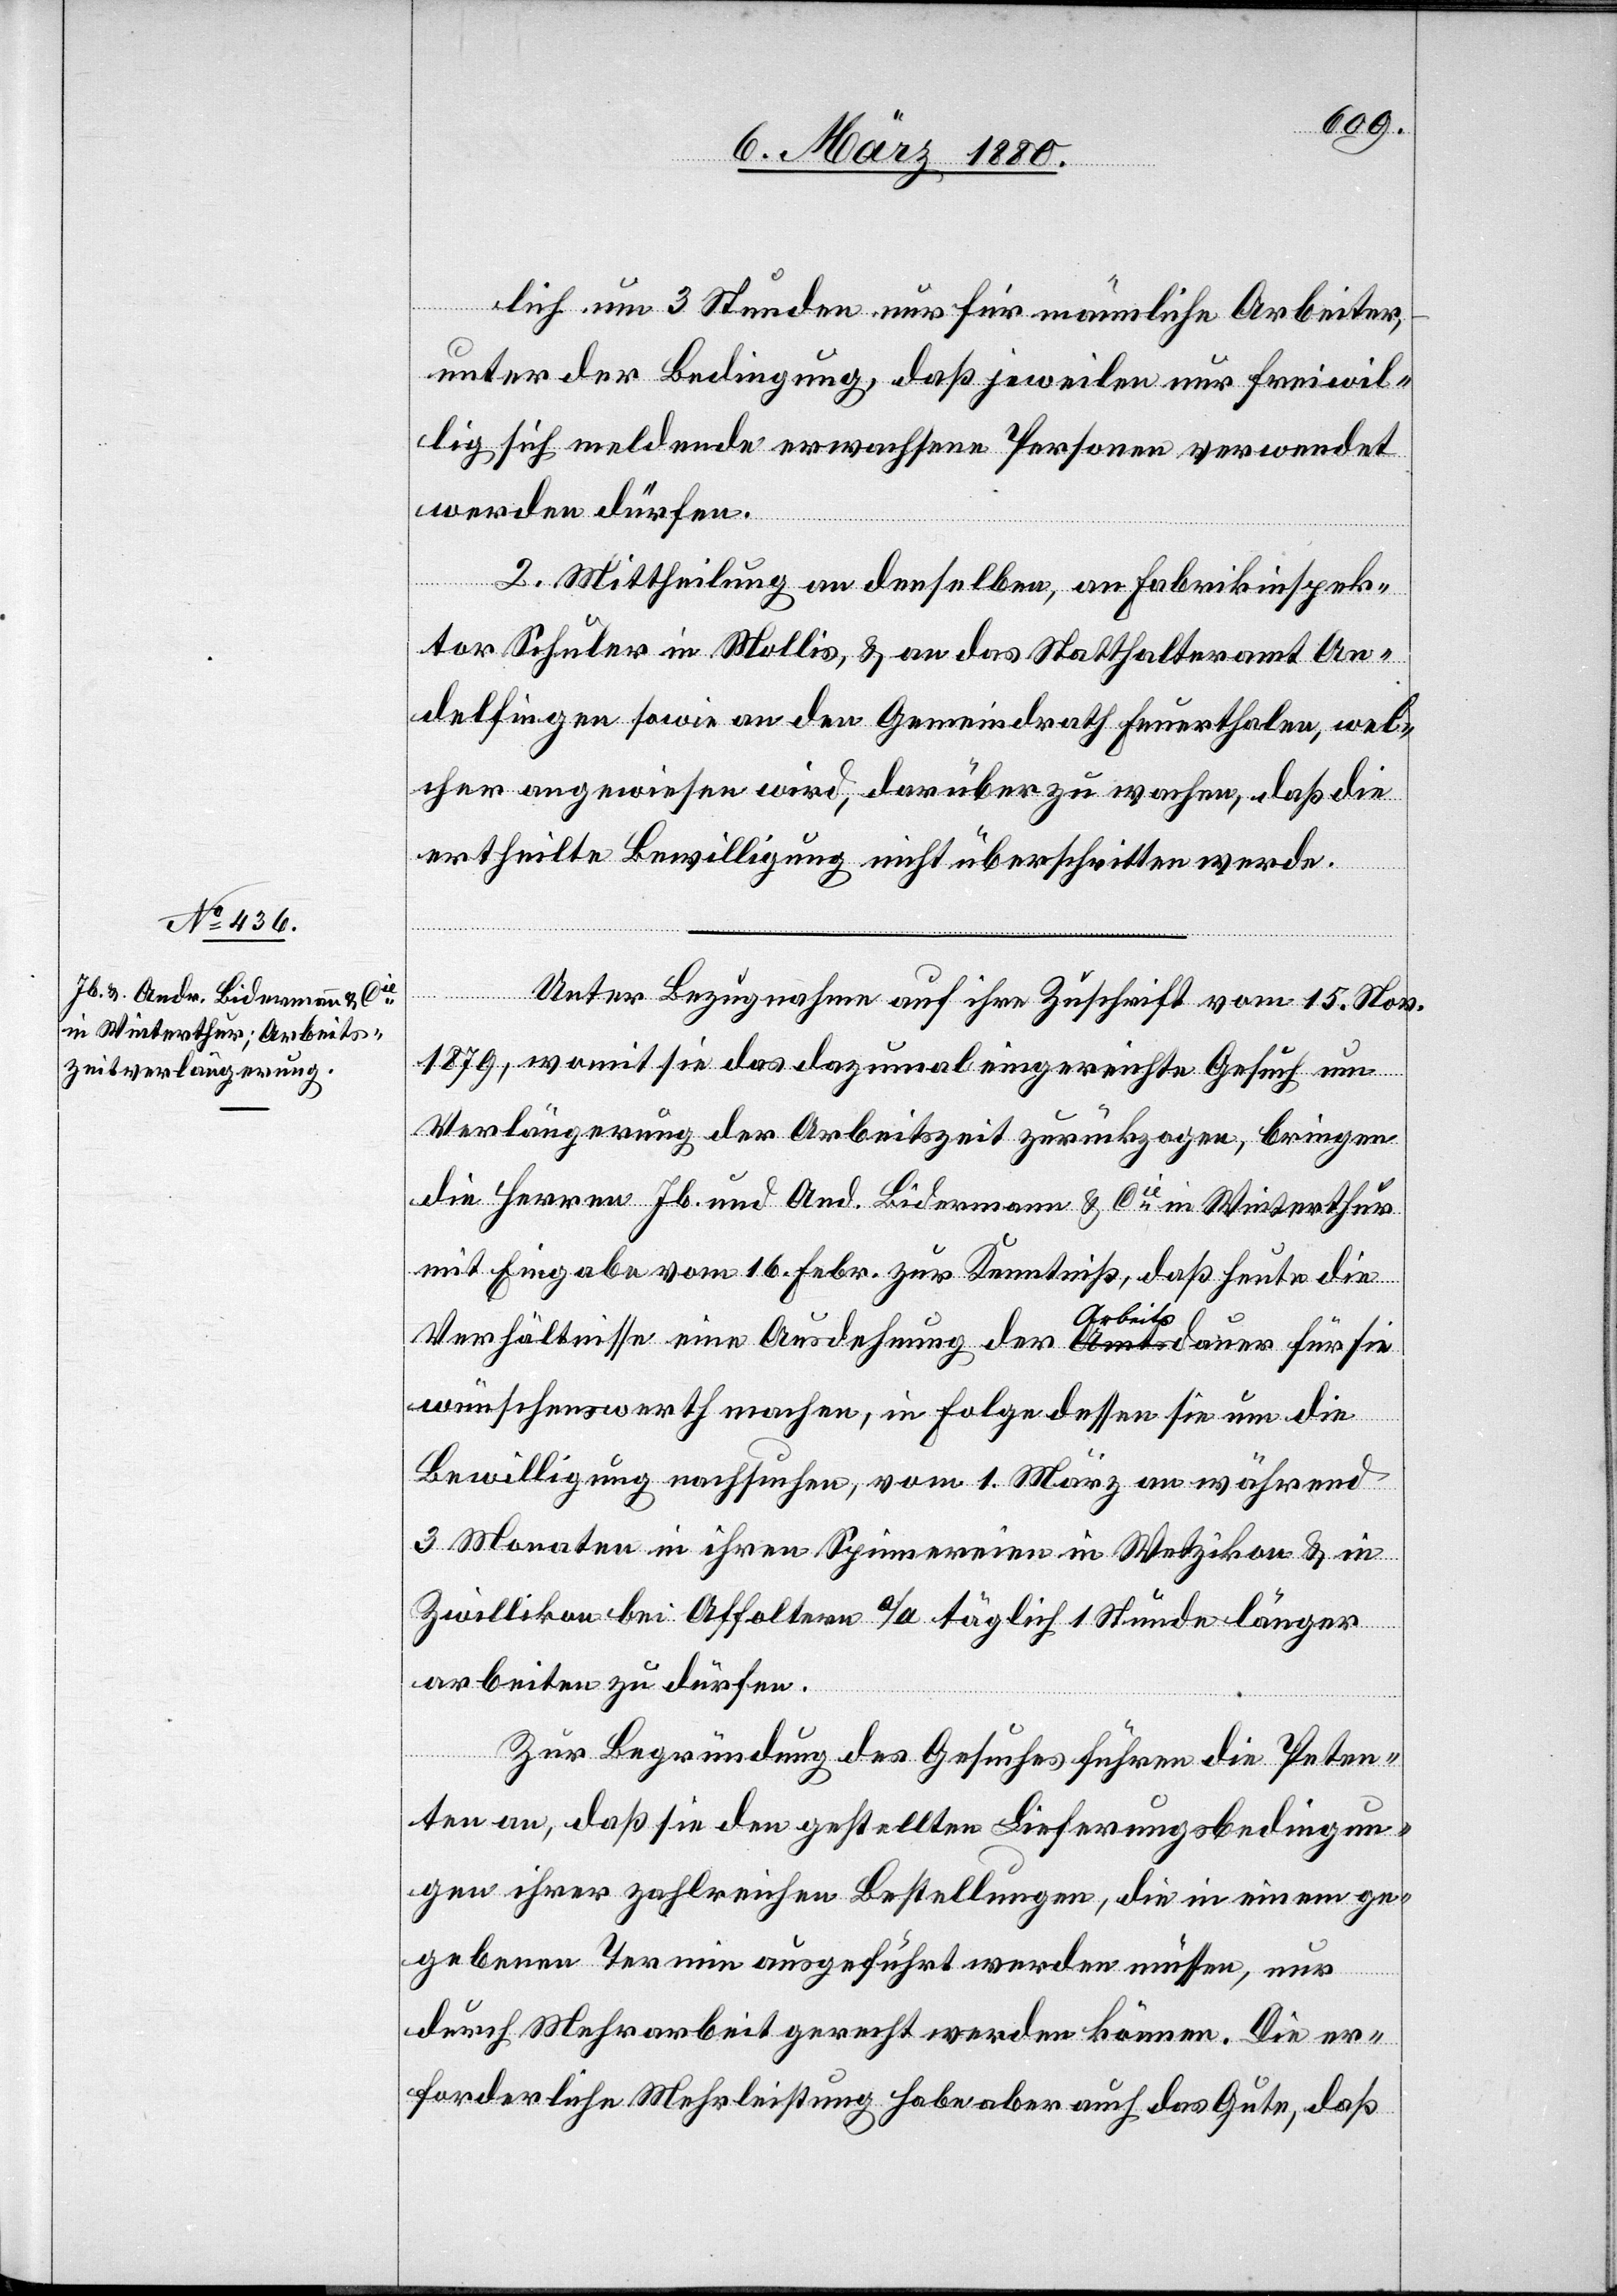
lich um 3 Stunden nur für männliche Arbeiter;
unter der Bedingung, daß jeweilen nur freiwil¬
lig sich meldende erwachsene Personen verwendet
werden dürfen.
2. Mittheilung an denselben, an Fabrikinspek¬
tor Schuler in Mollis, & an das Statthalteramt An¬
delfingen sowie an den Gemeindrath Feuerthalen, wel¬
cher angewiesen wird, darüber zu wachen, daß die
ertheilte Bewilligung nicht überschritten wird.
Unter Bezugnahme auf ihre Zuschrift vom 15. Nov.
1879, womit sie das dazumal eingereichte Gesuch um
Verlängerung der Arbeitszeit zurückzogen, bringen
die Herren Jb. und And. Biedermann & Cie in Winterthur
mit Eingabe vom 16. Febr. zur Kenntniß, daß heute die
Verhältnisse eine Ausdehnung der Arbeitsdauer für sie
wünschenswerth machen, in Folge dessen sie um die
Bewilligung nachsuchen, vom 1. März an während
3 Monaten in ihren Spinnereien in Wetzikon & in
Zwillikon bei Affoltern a/A täglich 1 Stunde länger
arbeiten zu dürfen.
Zur Begründung des Gesuches führen die Peten¬
ten an, daß sie den gestellten Lieferungsbedingun¬
gen ihrer zahlreichen Bestellungen, die in einem ge¬
gebenen Termin ausgeführt werden müssen, nur
durch Mehrarbeit gerecht werden können. Die er¬
forderliche Mehrleistung habe aber auch das Gute, daß